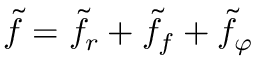
\tilde { f } = \tilde { f } _ { r } + \tilde { f } _ { f } + \tilde { f } _ { \varphi }